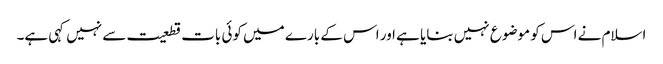
اسلام نے اس کو موضوع نہیں بنایا ہے اور اس کے بارے میں کوئی بات قطعیت سے نہیں کہی ہے۔